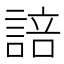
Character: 𮘟